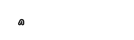
٢